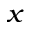
_ { x }